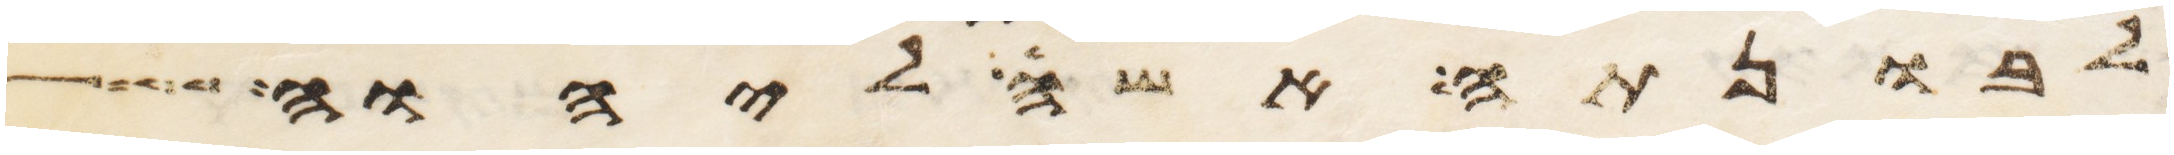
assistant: לבונתה אשה ליהוה